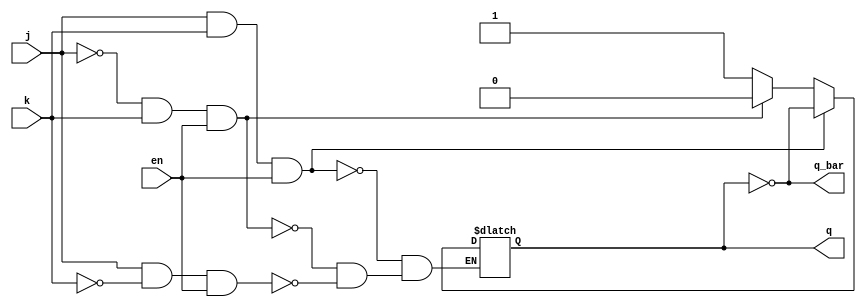
module jk_latch(input j, input k, input en, output reg q, output reg q_bar);
    always @(j,k,en)
        if (j & k & en)
            q <= ~q;
        else if (~j & k & en)
            q <= 0;
        else if (j & ~k & en)
            q <= 1;
        
    always @(j,k,en)
        q_bar = ~q;
endmodule